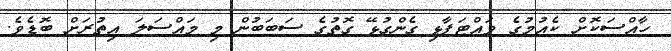
ހާއްސަކޮށް ކެއުމުގެ ވައްޓަފާޅި ގެންގުޅޭ ގޮތުގެ ސަބަބުން މި މައްސަލަ އިތުރަށް ބޮޑެވެ.